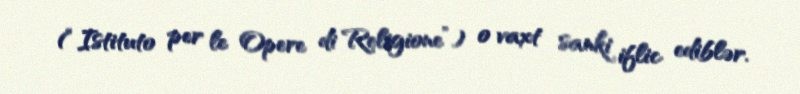
(“Istituto per le Opere di Religione”) o vaxt sanki iflic ediblər.